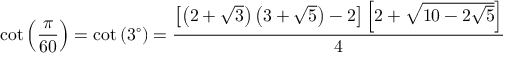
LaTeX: \cot \left( { \frac { \pi } { 6 0 } } \right) = \cot \left( 3 ^ { \circ } \right) = { \frac { \left[ \left( 2 + { \sqrt { 3 } } \right) \left( 3 + { \sqrt { 5 } } \right) - 2 \right] \left[ 2 + { \sqrt { 1 0 - 2 { \sqrt { 5 } } } } \right] } { 4 } }